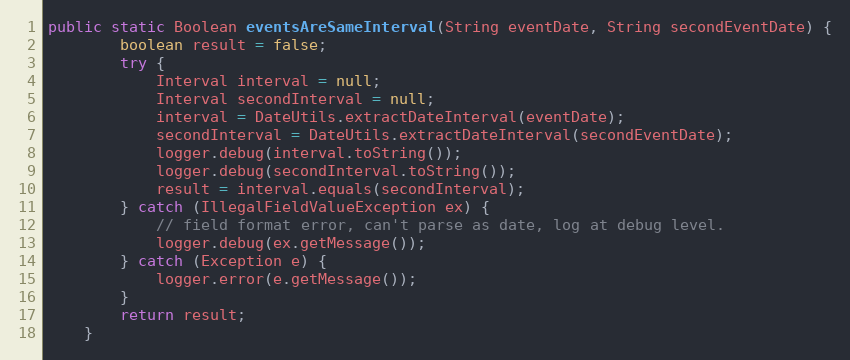
Language: Java
public static Boolean eventsAreSameInterval(String eventDate, String secondEventDate) {
		boolean result = false;
		try {
			Interval interval = null;
			Interval secondInterval = null;
            interval = DateUtils.extractDateInterval(eventDate);
            secondInterval = DateUtils.extractDateInterval(secondEventDate);
			logger.debug(interval.toString());
			logger.debug(secondInterval.toString());
            result = interval.equals(secondInterval);
		} catch (IllegalFieldValueException ex) {
			// field format error, can't parse as date, log at debug level.
			logger.debug(ex.getMessage());
		} catch (Exception e) {
			logger.error(e.getMessage());
		}
        return result;
	}